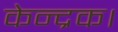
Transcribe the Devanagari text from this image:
केन्द्रक।